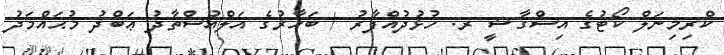
ކްރިމިނަލް ކޯޓުގެ އިސްގާޟީ ރ. ހުޅުދުއްފާރު / ބަހާރުގެ އަލްއުސްތާޛު ޢަބްދު މުޙައްމަދު